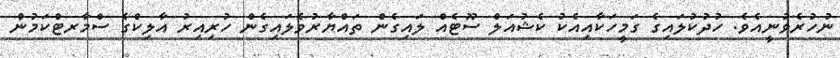
ނުހުރެވުނީއެވެ. ހުދުކުލައިގެ ގަމީހަކާއިއެކު ކެޝުއަލް ސޫޓެއް ލައިގެން ތައްޔާރުވެލައިގެން ހުރިއިރު އާލިކްގެ ސްމާރޓްކަމުން